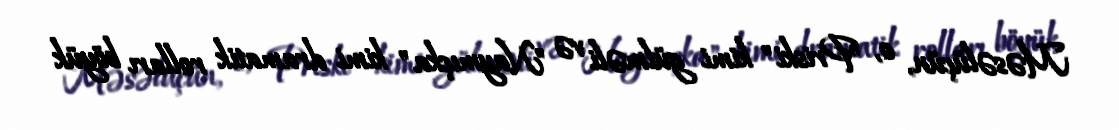
Məsəlüçün, o, "Priski" kimi gülməli və "Naymıçka" kimi dramatik rolları böyük